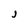
Character: J